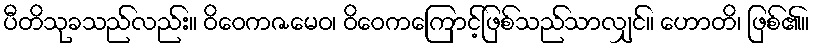
ပီတိသုခသည်လည်း။ ဝိဝေကဇမေဝ၊ ဝိဝေကကြောင့်ဖြစ်သည်သာလျှင်။ ဟောတိ၊ ဖြစ်၏။